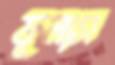
ফুলাস